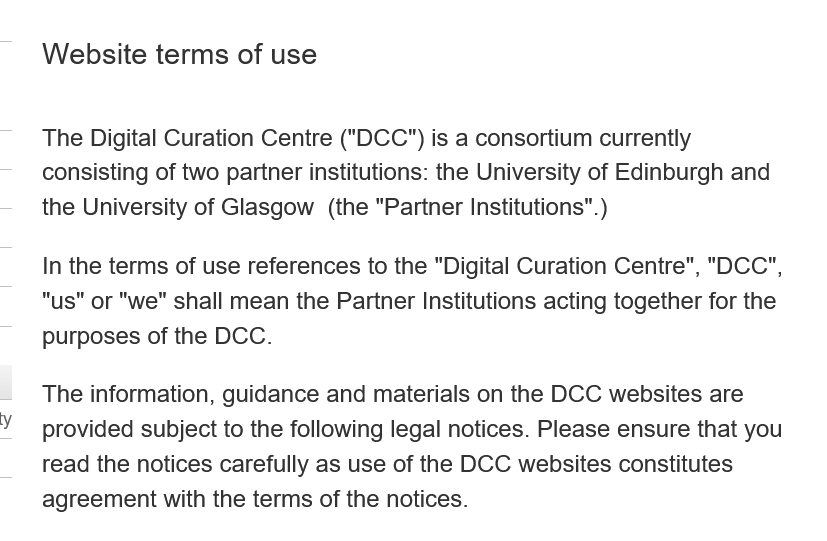
Website   terms  of use
    The Digital Curation Centre ("DCC") is a consortium currently
    consisting of two partner institutions: the University of Edinburgh and
    the University of Glasgow (the "Partner Institutions".)
    In the terms of use references to the "Digital Curation Centre", "DCC",
     we" shall mean the Partner Institutions acting together for the
    purposes of the DCC.
    The information, guidance and materials on the DCC websites are
    provided subject to the following legal notices. Please ensure that you
    read the notices carefully as use of the DCC websites constitutes
    agreement with the terms of the notices.